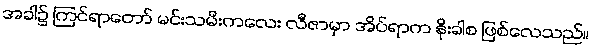
အခါ၌ ကြင်ရာတော် မင်းသမီးကလေး လီဇာမှာ အိပ်ရာက နိုးခါစ ဖြစ်လေသည်။